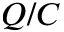
Q / C